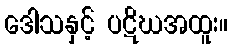
ဒေါသနှင့် ပဋိဃအထူး။